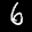
Digit: 6